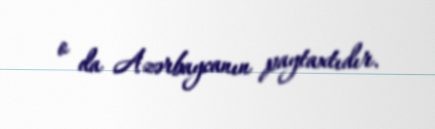
o da Azərbaycanın paytaxtıdır.